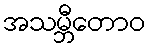
အသမ္ဘီတောဝ